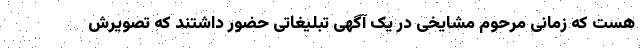
هست که زمانی مرحوم مشایخی در یک آگهی تبلیغاتی حضور داشتند که تصویرش